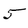
Character: 5